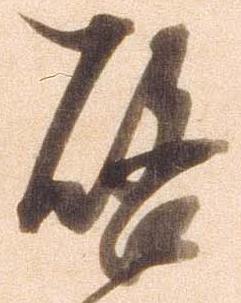
替